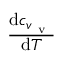
\frac { \mathrm { d } c _ { v _ { \mathrm { ~ v ~ } } } } { \mathrm { d } T }